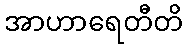
အာဟာရေတီတိ